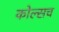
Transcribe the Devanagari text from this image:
कोल्सच